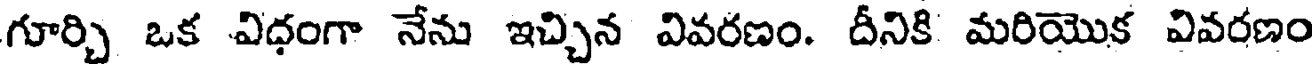
గూర్చి ఒక విధంగా నేను ఇచ్చిన వివరణం. దీనికి మరియొక వివరణం